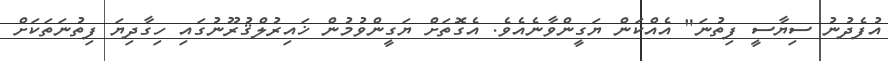
އުފެދުނު ސިޔާސީ ފިތުނަ" އެއްކަން ޔަގީންވާނެއެވެ. އެގޮތަށް ޔަގީންވުމުން ޚައިރުލްޤުރޫނުގައި ހިގާދިޔަ ފިތުނަތަކަށް